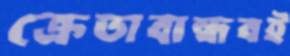
ক্রেতাবান্ধবই